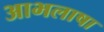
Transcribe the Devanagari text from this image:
आभलाषा